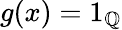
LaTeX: g(x)=1_{\mathbb{Q}}